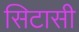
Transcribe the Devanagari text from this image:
सिटासी